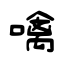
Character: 噙